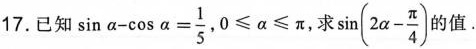
17.已知$$\sin \alpha - \cos \alpha = \frac{1}{5}$$，$$0 \leqslant \alpha \leqslant \pi$$，求 $$\sin(2 \alpha - \frac{\pi}{4})$$ 的值.